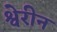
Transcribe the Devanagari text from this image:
श्वेरीन